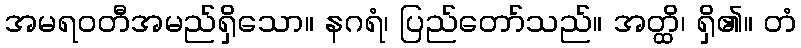
အမရဝတီအမည်ရှိသော။ နဂရံ၊ ပြည်တော်သည်။ အတ္ထိ၊ ရှိ၏။ တံ